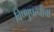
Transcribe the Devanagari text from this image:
विष्णुपत्नीचा